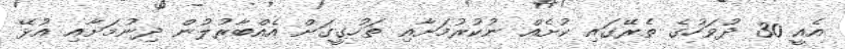
އެއީ 30 ދުވަހުގެ ތެރޭގައި ކުށެއް ނުކުރުމަށާއި ތަހުގީގަށް އެއްބާރުލުން ދިނުމަށާއި އުޅޭ